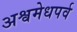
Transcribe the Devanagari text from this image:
अश्वमेधपर्व